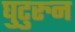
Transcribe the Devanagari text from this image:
घुटुरुन